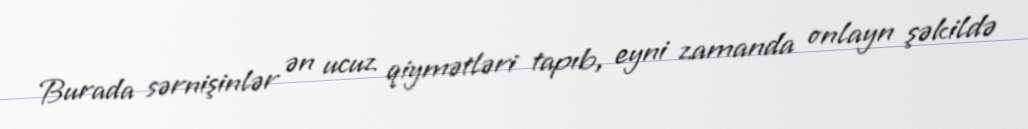
Burada sərnişinlər ən ucuz qiymətləri tapıb, eyni zamanda onlayn şəkildə